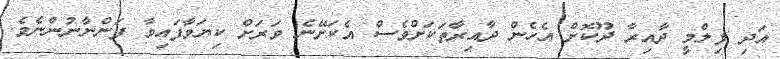
އަދި ފިލްމީ ދާއިރާ ދޫކޮށް އެހެން ދާއިރާތަކަށްވެސް އެކަށޭނެ ވަރަށް ކިޔަވާފައިވާ ފަންނާނުންނެވެ.